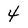
Character: 4